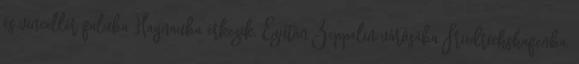
és vincellér faluba Hagnauba érkezik. Ezután Zeppelin városába Friedrichshafenba,